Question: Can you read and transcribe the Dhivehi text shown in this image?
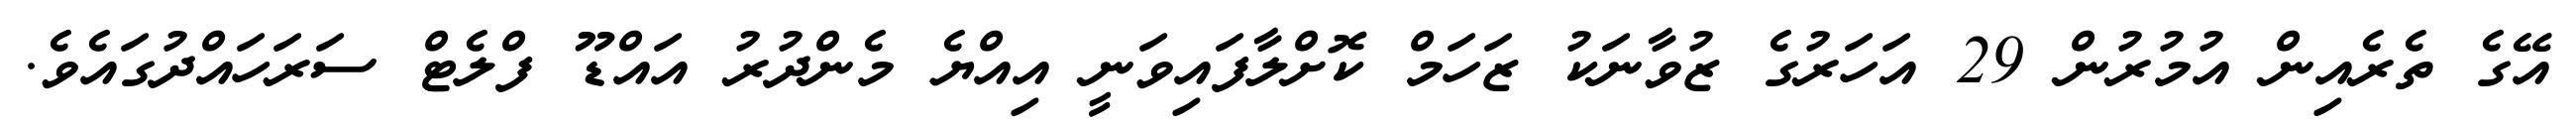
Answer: އޭގެ ތެރެއިން އުމުރުން 29 އަހަރުގެ ޒުވާނަކު ޒަހަމް ކޮށްލާފައިވަނީ އިއްޔެ މެންދުރު އައްޑޫ ފްލެޓް ސަރަހައްދުގައެވެ.